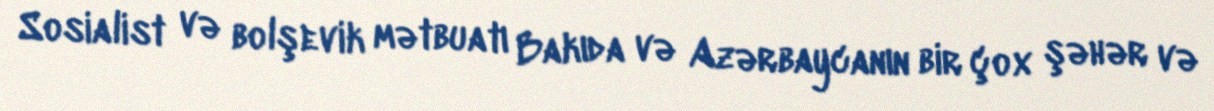
Sosialist və bolşevik mətbuatı Bakıda və Azərbaycanın bir çox şəhər və